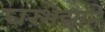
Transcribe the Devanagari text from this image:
घरभेद्याने